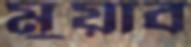
মুয়াব